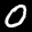
Label: 0